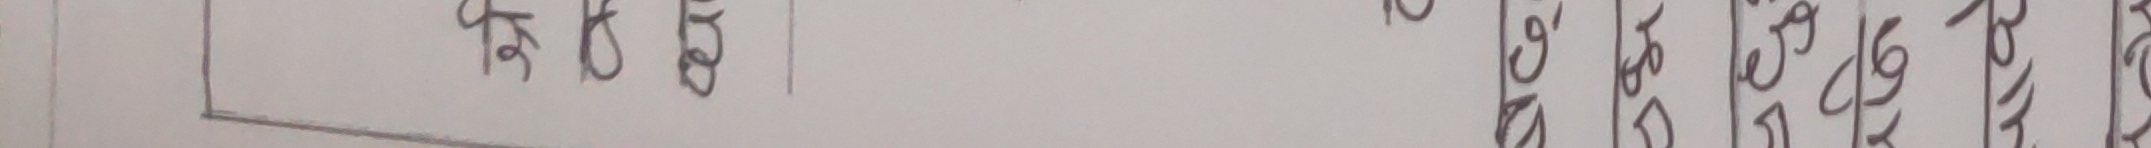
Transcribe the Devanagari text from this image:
क्षै ठ्ठ । अ | र | उ